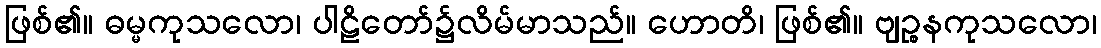
ဖြစ်၏။ ဓမ္မကုသလော၊ ပါဠိတော်၌လိမ်မာသည်။ ဟောတိ၊ ဖြစ်၏။ ဗျဉ္စနကုသလော၊